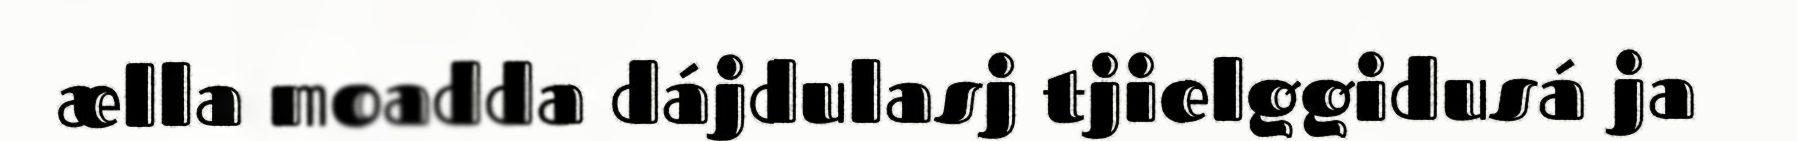
ælla moadda dájdulasj tjielggidusá ja